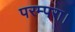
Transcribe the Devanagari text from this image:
परम्परा।